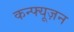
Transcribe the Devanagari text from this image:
कन्फ्यूज़न